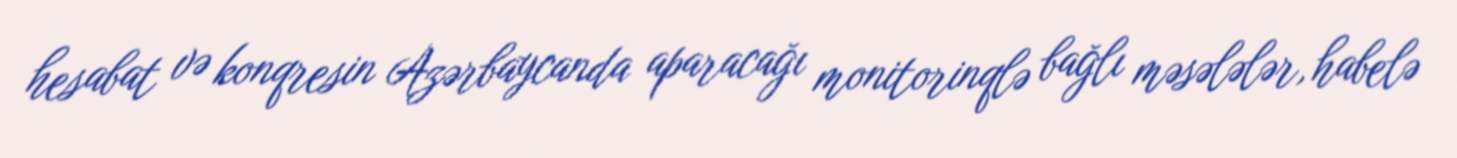
hesabat və konqresin Azərbaycanda aparacağı monitorinqlə bağlı məsələlər, habelə